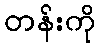
တန်းကို